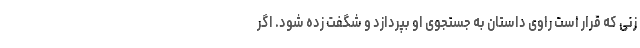
زنی که قرار است راوی داستان به جستجوی او بپردازد و شگفت زده شود. اگر